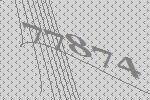
77874